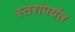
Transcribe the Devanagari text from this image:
स्तरांपर्यंत